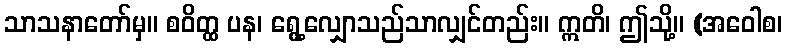
သာသနာတော်မှ။ စဝိတ္ထ ပန၊ ရွေ့လျှောသည်သာလျှင်တည်း။ ဣတိ၊ ဤသို့။ (အဝေါစ၊